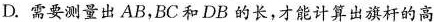
D.需要测量出AB，BC和DB的长，才能计算出旗杆的高